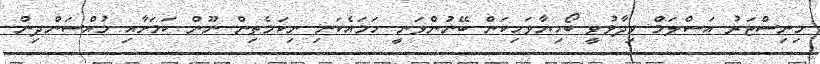
މިނިސްޓަރު އަސްލަމް ވިދާޅުވީ ބޯހިޔާވަހިކަން ބޭނުންވަނީ ހަމައެކަނި ނިކަމެތިން ނޫން ކަމަށާއި މުއްސަންދިން